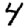
Digit: 4